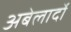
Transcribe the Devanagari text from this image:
अबेलार्दो